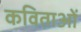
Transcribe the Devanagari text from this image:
कविताओंं